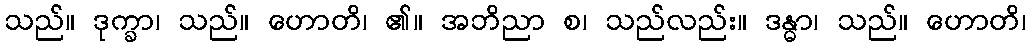
သည်။ ဒုက္ခာ၊ သည်။ ဟောတိ၊ ၏။ အဘိညာ စ၊ သည်လည်း။ ဒန္ဓာ၊ သည်။ ဟောတိ၊